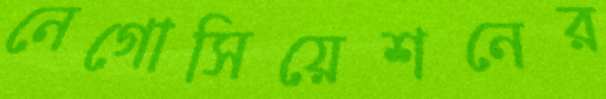
নেগোসিয়েশনের